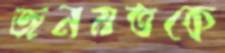
জনমতকে